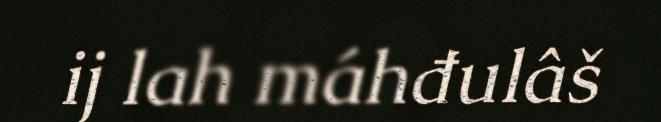
ij lah máhđulâš